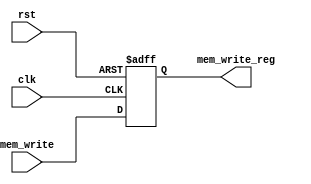
`timescale 1ns / 1ps
//////////////////////////////////////////////////////////////////////////////////
// Company: 
// Engineer: 
// 
// Design Name: 
// Module Name:    latch_m 
// Project Name: 
// Target Devices: 
// Tool versions: 
// Description: 
//
// Dependencies: 
//
// Revision: 
// Revision 0.01 - File Created
// Additional Comments: 
//
//////////////////////////////////////////////////////////////////////////////////
module latch_m(
	 input clk,
	 input rst,
    input mem_write,
    output reg mem_write_reg
    );

	always @(posedge clk or posedge rst) begin
		if (rst == 1) begin
			mem_write_reg	<= 0;
		end
		else begin
			mem_write_reg	<= mem_write;
		end
	end	
	
endmodule